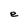
Character: e